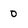
Character: 0